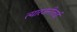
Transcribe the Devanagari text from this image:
त्यारजनीताई